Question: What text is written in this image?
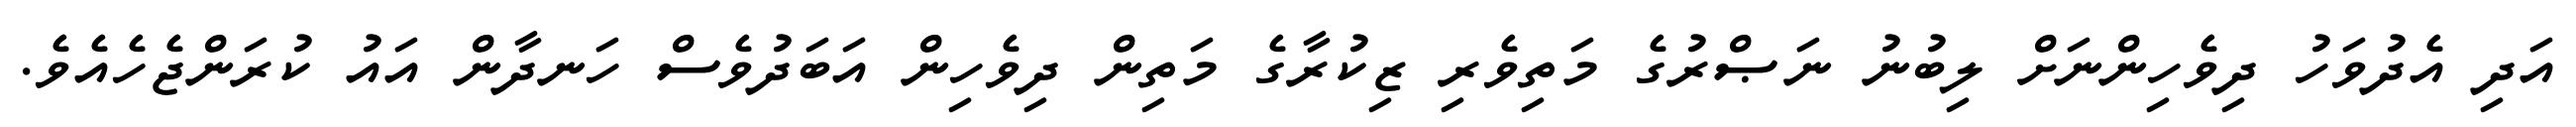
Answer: އަދި އެދުވަހު ދިވެހިންނަށް ލިބުނު ނަޞްރުގެ މަތިވެރި ޒިކުރާގެ މަތިން ދިވެހިން އަބަދުވެސް ހަނދާން އައު ކުރަންޖެހެއެވެ.